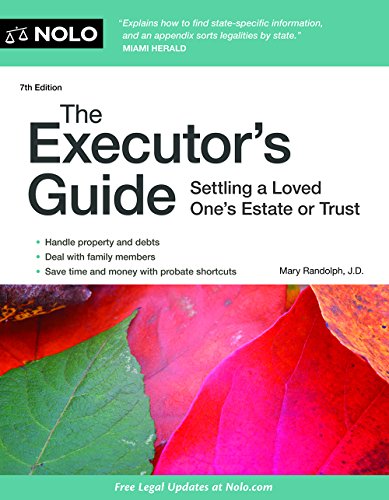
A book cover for Executor's Guide, The: Settling a Loved One's Estate or Trust; Mary Randolph J.D.; Law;